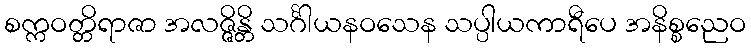
စက္ကဝတ္တိရာဇာ အလဇ္ဇိန္တိ သင်္ဂါယနဝသေန သပ္ပါယကာရီပေ အနိစ္စညေဝ